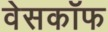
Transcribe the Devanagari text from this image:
वेसकॉफ